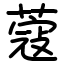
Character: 蔻